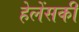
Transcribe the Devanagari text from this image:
हेलेंसकी